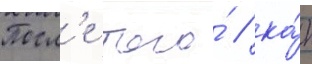
Посл'е того́ / ка́к